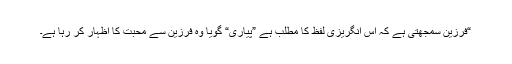
“فرزین سمجھتی ہے کہ اس انگریزی لفظ کا مطلب ہے ”پیاری“ گویا وہ فرزین سے محبت کا اظہار کر رہا ہے۔